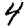
Digit: 4